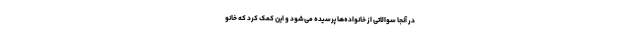
در آنجا سوالاتی از خانواده‌ها پرسیده می‌شود و این کمک کرد که خانو